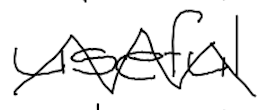
Text: useful
Cross-out: zig-zag
Writing tool: digital_black